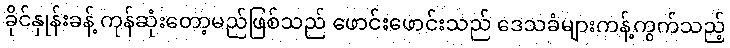
ခိုင်နှုန်းခန့် ကုန်ဆုံးတော့မည်ဖြစ်သည် ဖောင်းဖောင်းသည် ဒေသခံများကန့်ကွက်သည့်